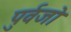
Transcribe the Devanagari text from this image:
पुर्वजो